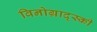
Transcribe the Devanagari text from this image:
विनोग्राद्स्की